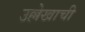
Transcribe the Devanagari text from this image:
उल्लेखाची